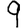
Digit: 9